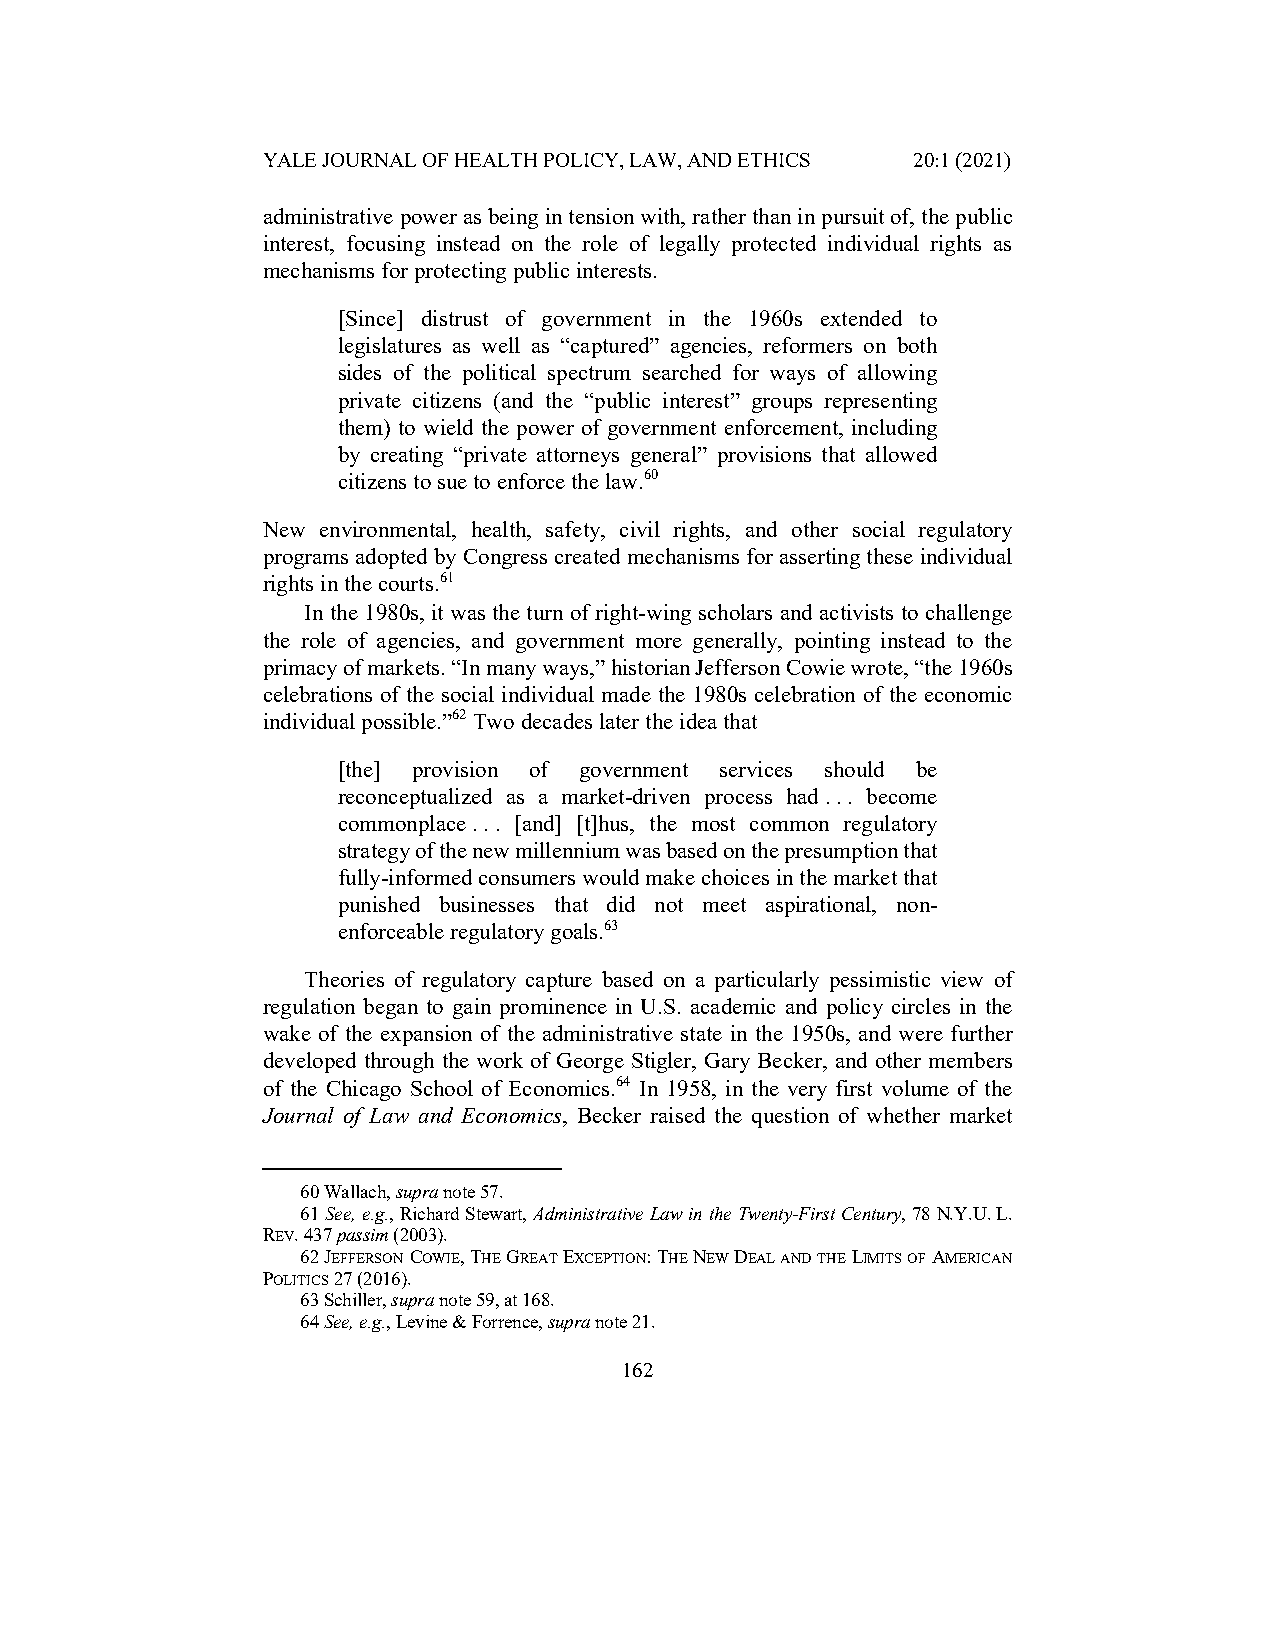
YALE JOURNAL OF HEALTH POLICY, LAW, AND ETHICS 20:1 (2021)
 administrative power as being in tension with, rather than in pursuit of, the public
 interest, focusing instead on the role of legally protected individual rights as
 mechanisms for protecting public interests.
 [Since] distrust of government in the 1960s extended to
 legislatures as well as “captured” agencies, reformers on both
 sides of the political spectrum searched for ways of allowing
 private citizens (and the “public interest” groups representing
 them) to wield the power of government enforcement, including
 by creating “private attorneys general” provisions that allowed
 citizens to sue to enforce the law.60
 New environmental, health, safety, civil rights, and other social regulatory
 programs adopted by Congress created mechanisms for asserting these individual
 rights in the courts.61
 In the 1980s, it was the turn of right-wing scholars and activists to challenge
 the role of agencies, and government more generally, pointing instead to the
 primacy of markets. “In many ways,” historian Jefferson Cowie wrote, “the 1960s
 celebrations of the social individual made the 1980s celebration of the economic
 individual possible.”62 Two decades later the idea that
 [the] provision of government services should be
 reconceptualized as a market-driven process had . . . become
 commonplace . . . [and] [t]hus, the most common regulatory
 strategy of the new millennium was based on the presumption that
 fully-informed consumers would make choices in the market that
 punished businesses that did not meet aspirational, non-
 enforceable regulatory goals.63
 Theories of regulatory capture based on a particularly pessimistic view of
 regulation began to gain prominence in U.S. academic and policy circles in the
 wake of the expansion of the administrative state in the 1950s, and were further
 developed through the work of George Stigler, Gary Becker, and other members
 of the Chicago School of Economics.64 In 1958, in the very first volume of the
 Journal of Law and Economics, Becker raised the question of whether market
 60 Wallach, supra note 57.
 61 See, e.g., Richard Stewart, Administrative Law in the Twenty-First Century, 78 N.Y.U. L.
 REV. 437 passim (2003).
 62 JEFFERSON COWIE, THE GREAT EXCEPTION: THE NEW DEAL AND THE LIMITS OF AMERICAN
 POLITICS 27 (2016).
 63 Schiller, supra note 59, at 168.
 64 See, e.g., Levine & Forrence, supra note 21.
 162